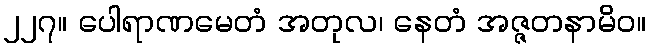
၂၂၇။ ပေါရာဏမေတံ အတုလ၊ နေတံ အဇ္ဇတနာမိဝ။